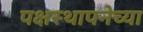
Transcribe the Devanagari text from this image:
पक्षस्थापनेच्या